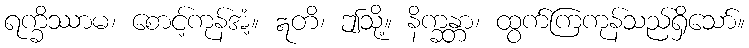
ရက္ခိဿာမ၊ စောင့်ကုန်အံ့။ ဣတိ၊ ဤသို့။ နိက္ခန္တာ၊ ထွက်ကြကုန်သည်ရှိသော်။